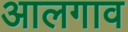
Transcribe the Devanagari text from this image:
आलगाव